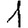
Digit: 1